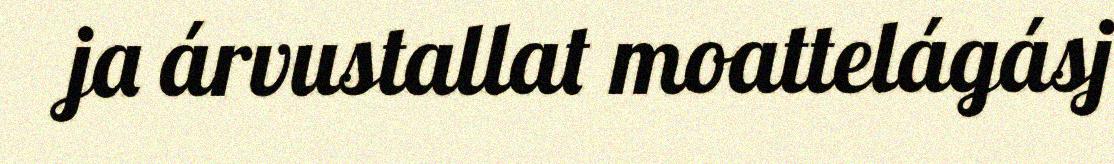
ja árvustallat moattelágásj